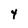
Character: 4